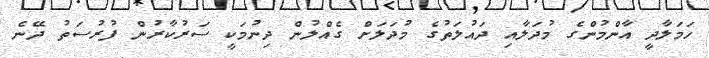
ހަމަލާދީ އާންމުންގެ މުދަލާއި ދައުލަތުގެ މުދަލަށް ގެއްލުން ދިނުމަކީ ސަރުކާރުން ފުރުސަތު ދޭނެ